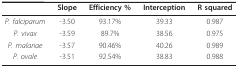
<table><thead><tr><td></td><td><b>Slope</b></td><td><b>Efficiency %</b></td><td><b>Interception</b></td><td><b>R squared</b></td></tr></thead><tbody><tr><td><i>P. falciparum</i></td><td>-3.50</td><td>93.17%</td><td>39.33</td><td>0.987</td></tr><tr><td><i>P. vivax</i></td><td>-3.59</td><td>89.7%</td><td>38.56</td><td>0.975</td></tr><tr><td><i>P. malariae</i></td><td>-3.57</td><td>90.46%</td><td>40.26</td><td>0.989</td></tr><tr><td><i>P. ovale</i></td><td>-3.51</td><td>92.54%</td><td>38.83</td><td>0.988</td></tr></tbody></table>